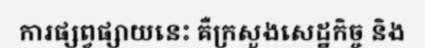
ការផ្សព្វផ្សាយនេះ គឺក្រសួងសេដ្ឋកិច្ច និង